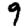
Digit: 9